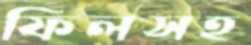
ফিলসহ